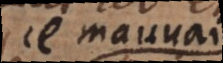
ce mauvais